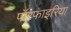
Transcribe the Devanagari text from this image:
पॉरफाइरिया